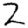
Digit: 2